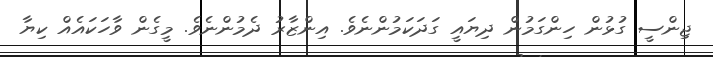
ޖިންސީ ގުޅުން ހިންގަމުން ދިޔައީ ގަދަކަމުންނެވެ. އިންޒާރު ދެމުންނެވެ. މީގެން ވާހަކައެއް ކިޔާ